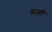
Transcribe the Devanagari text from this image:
सष्ठी